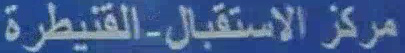
مركز الاستقبال-القتيطرة